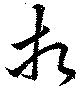
相